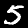
Label: 5